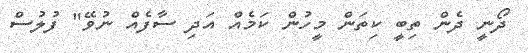
ދޯނީ ދެން ތިބީ ކިތަން މީހުން ކަމެއް އަދި ސާފެއް ނުވޭ" ފުލުސް